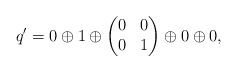
\begin{align*}q'=0\oplus1\oplus\begin{pmatrix}0&0\\0&1\end{pmatrix}\oplus0\oplus0,\end{align*}